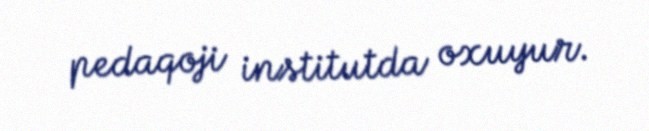
pedaqoji institutda oxuyur.